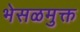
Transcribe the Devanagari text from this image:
भेसळमुक्त